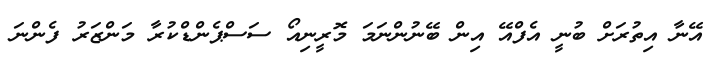
އޭނާ އިތުރަށް ބުނީ އެފްއޭ އިން ބޭނުންނަމަ މޮރީނިއޯ ސަސްޕެންޑްކުރާ މަންޒަރު ފެންނަ